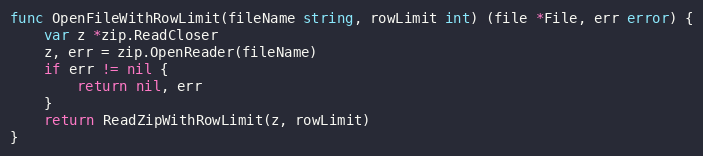
Language: Go
func OpenFileWithRowLimit(fileName string, rowLimit int) (file *File, err error) {
	var z *zip.ReadCloser
	z, err = zip.OpenReader(fileName)
	if err != nil {
		return nil, err
	}
	return ReadZipWithRowLimit(z, rowLimit)
}